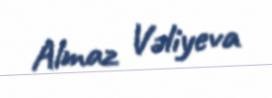
Almaz Vəliyeva